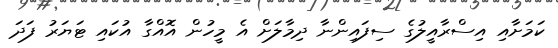
ކަމަށާއި އިސްރާއީލުގެ ސިފައިންނާ ދިމާލަށް އެ މީހުން އޮއްގާ އުކައި ޓަޔަރު ފަދަ